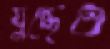
যুদ্ধেও